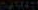
PARKET